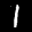
Label: 1